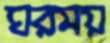
ঘরময়